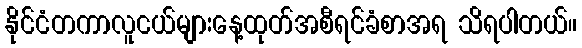
နိုင်ငံတကာလူငယ်များနေ့ထုတ်အစီရင်ခံစာအရ သိရပါတယ်။